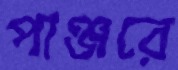
পাঞ্জরে